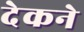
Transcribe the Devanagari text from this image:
देकने